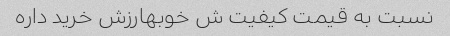
نسبت به قیمت کیفیت ش خوبهارزش خرید داره